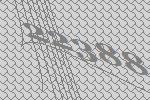
22388